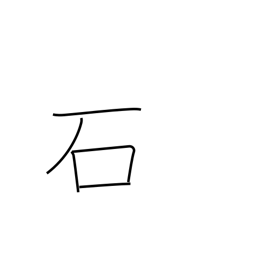
Meaning: stone